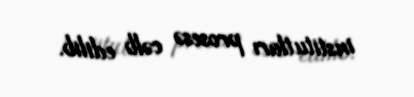
institutları prosesə cəlb edilib.